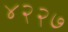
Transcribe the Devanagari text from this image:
४२२७